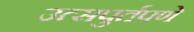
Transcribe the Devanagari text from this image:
उत्सपुर्तपणे